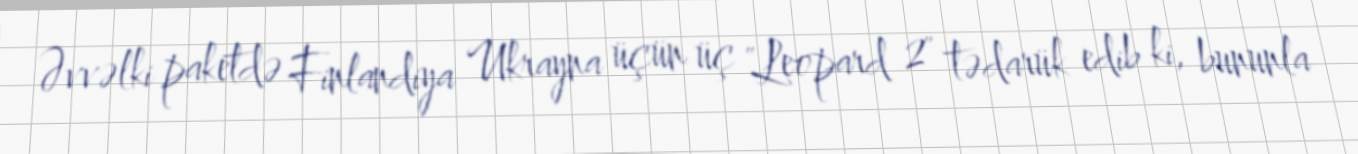
Əvvəlki paketdə Finlandiya Ukrayna üçün üç "Leopard 2" tədarük edib ki, bununla